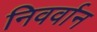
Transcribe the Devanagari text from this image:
निवर्वान